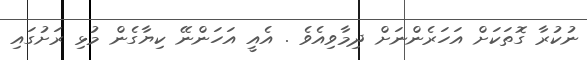
ނުކުރާ ގޮތަކަށް އަހަރެންނަށް ދިމާވިއެވެ . އެއީ އަހަންނޭ ކިޔާގެން މުޅި ރަށުގައި